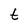
Character: t